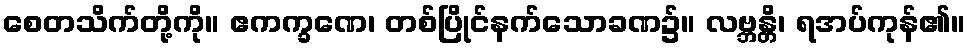
စေတသိက်တို့ကို။ ဧကက္ခဏေ၊ တစ်ပြိုင်နက်သောခဏ၌။ လဗ္ဘန္တိ၊ ရအပ်ကုန်၏။